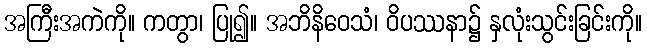
အကြီးအကဲကို။ ကတွာ၊ ပြု၍။ အဘိနိဝေသံ၊ ဝိပဿနာ၌ နှလုံးသွင်းခြင်းကို။